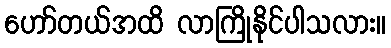
ဟော်တယ်အထိ လာကြိုနိုင်ပါသလား။